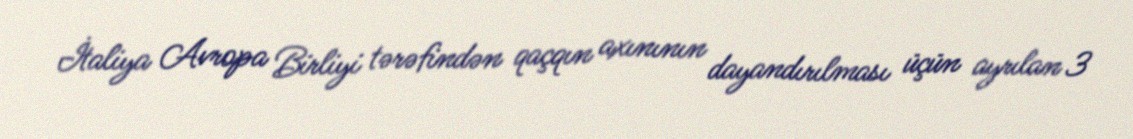
İtaliya Avropa Birliyi tərəfindən qaçqın axınının dayandırılması üçün ayrılan 3